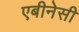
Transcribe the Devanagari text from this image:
एबीनेसी